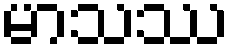
မာသဿ